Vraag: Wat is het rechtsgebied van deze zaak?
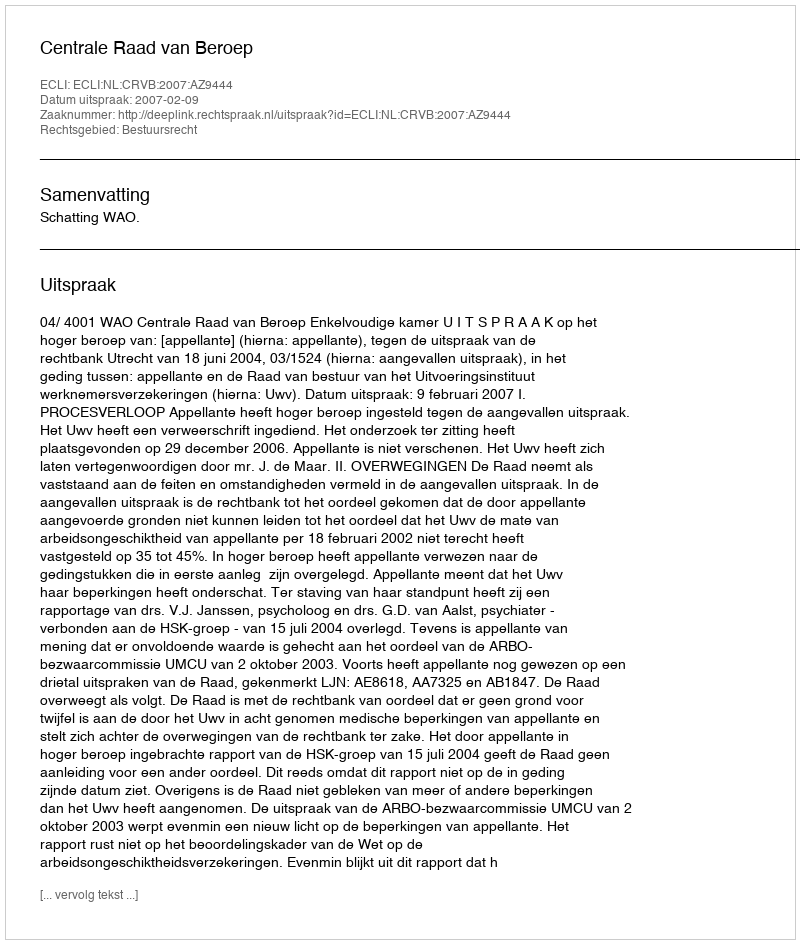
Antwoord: Bestuursrecht